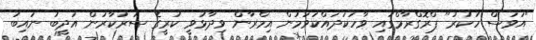
"އަވަސް ހުކުރު" ޕްރޮގްރާމްގައި ވާހަކަދައްކަވަމުން އިމްރާން ވިދާޅުވީ ކުރީގެ ސަރުކާރުން އަދީބު ނައިބު